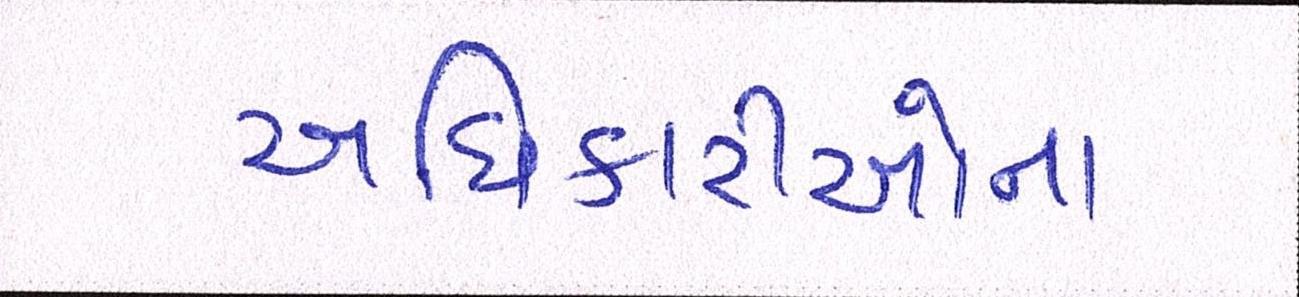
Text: અધિકારીઓના